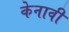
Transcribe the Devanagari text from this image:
केनावी